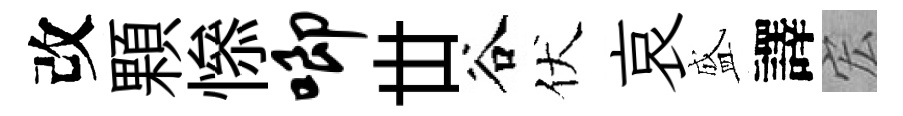
改顆𢡖唧丗谷伏哀盛譯宏